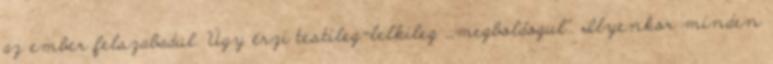
az ember felszabadul. Úgy érzi testileg-lelkileg ,,megboldogul". Ilyenkor minden